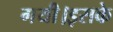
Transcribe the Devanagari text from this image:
गयी।इसके